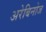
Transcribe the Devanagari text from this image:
अरेबिनोज